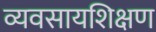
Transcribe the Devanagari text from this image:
व्यवसायशिक्षण